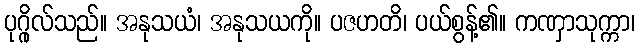
ပုဂ္ဂိုလ်သည်။ အနုသယံ၊ အနုသယကို။ ပဇဟတိ၊ ပယ်စွန့်၏။ ကဏှာသုက္ကာ၊